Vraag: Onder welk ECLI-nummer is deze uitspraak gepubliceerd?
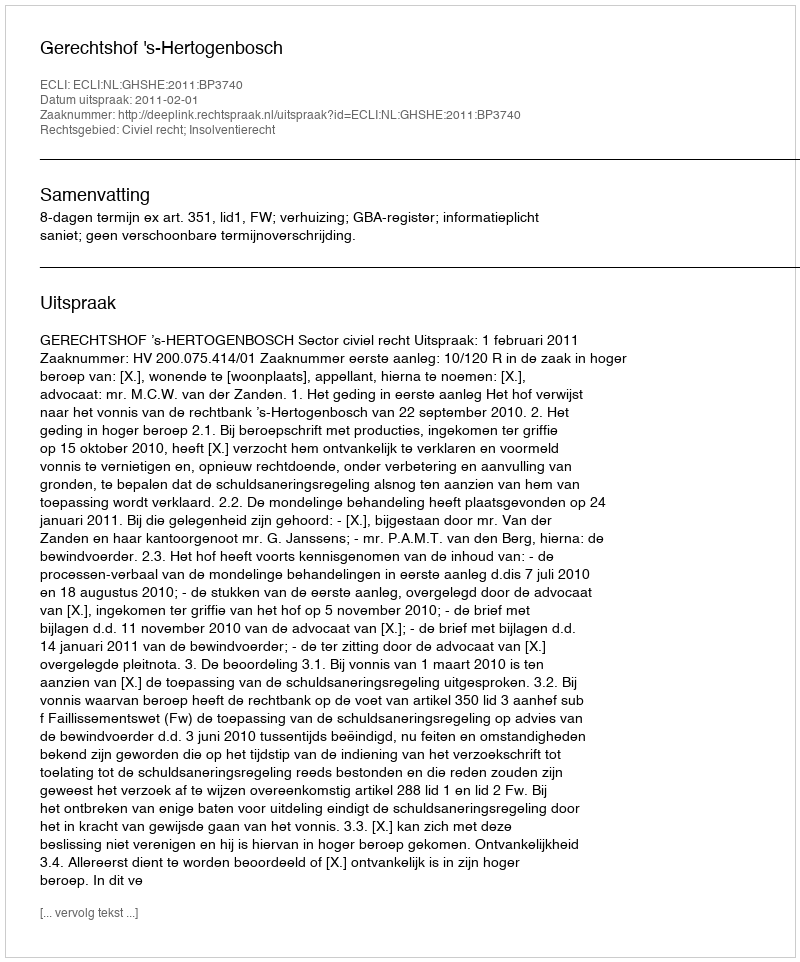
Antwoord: ECLI:NL:GHSHE:2011:BP3740